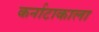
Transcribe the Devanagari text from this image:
कर्नाटाकाला